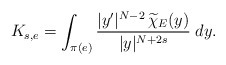
\begin{align*}K_{s,e}=\int_{\pi(e)}\frac{|y'|^{N-2}\,\widetilde{\chi}_E(y)}{|y|^{N+2s}}\;dy.\end{align*}